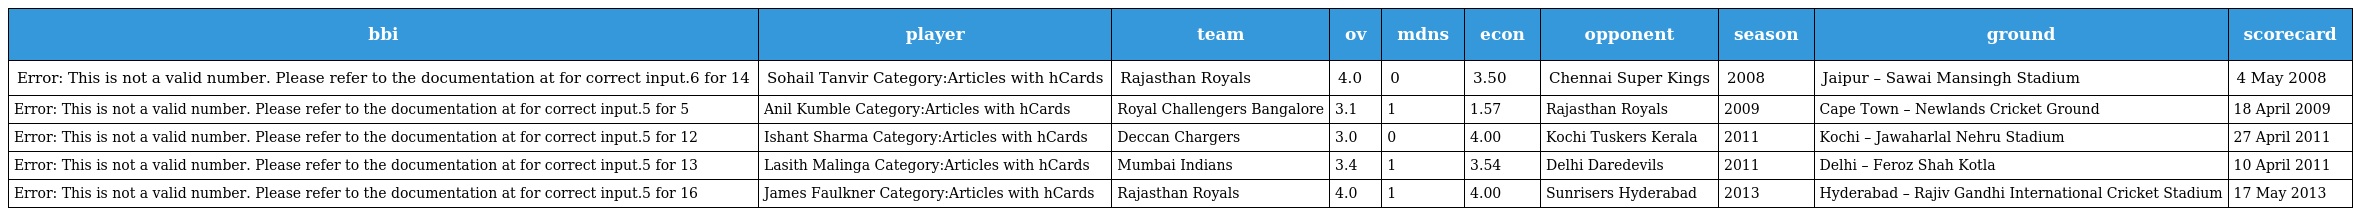
| bbi | player | team | ov | mdns | econ | opponent | season | ground | scorecard |
 | --- | --- | --- | --- | --- | --- | --- | --- | --- | --- |
 | Error: This is not a valid number. Please refer to the documentation at for correct input.6 for 14 | Sohail Tanvir Category:Articles with hCards | Rajasthan Royals | 4.0 | 0 | 3.50 | Chennai Super Kings | 2008 | Jaipur – Sawai Mansingh Stadium | 4 May 2008 |
 | Error: This is not a valid number. Please refer to the documentation at for correct input.5 for 5 | Anil Kumble Category:Articles with hCards | Royal Challengers Bangalore | 3.1 | 1 | 1.57 | Rajasthan Royals | 2009 | Cape Town – Newlands Cricket Ground | 18 April 2009 |
 | Error: This is not a valid number. Please refer to the documentation at for correct input.5 for 12 | Ishant Sharma Category:Articles with hCards | Deccan Chargers | 3.0 | 0 | 4.00 | Kochi Tuskers Kerala | 2011 | Kochi – Jawaharlal Nehru Stadium | 27 April 2011 |
 | Error: This is not a valid number. Please refer to the documentation at for correct input.5 for 13 | Lasith Malinga Category:Articles with hCards | Mumbai Indians | 3.4 | 1 | 3.54 | Delhi Daredevils | 2011 | Delhi – Feroz Shah Kotla | 10 April 2011 |
 | Error: This is not a valid number. Please refer to the documentation at for correct input.5 for 16 | James Faulkner Category:Articles with hCards | Rajasthan Royals | 4.0 | 1 | 4.00 | Sunrisers Hyderabad | 2013 | Hyderabad – Rajiv Gandhi International Cricket Stadium | 17 May 2013 |